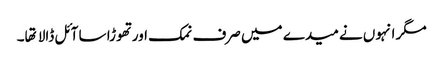
مگر انہوں نے میدے میں صرف نمک اور تهوڑا سا آئل ڈالا تها۔